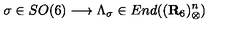
\sigma \in S O ( 6 ) \longrightarrow \Lambda _ { \sigma } \in E n d ( ( { \bf { R } } _ { 6 } ) _ { \otimes } ^ { n } )